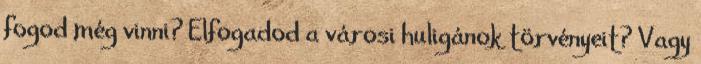
fogod még vinni? Elfogadod a városi huligánok törvényeit? Vagy